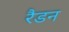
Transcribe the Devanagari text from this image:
रैडन